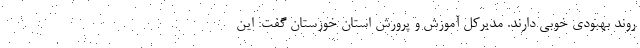
روند بهبودی خوبی دارند. مدیرکل آموزش و پرورش استان خوزستان گفت: این